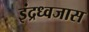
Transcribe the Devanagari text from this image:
इंद्रध्वजास